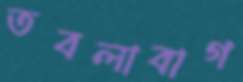
তবলাবাগ